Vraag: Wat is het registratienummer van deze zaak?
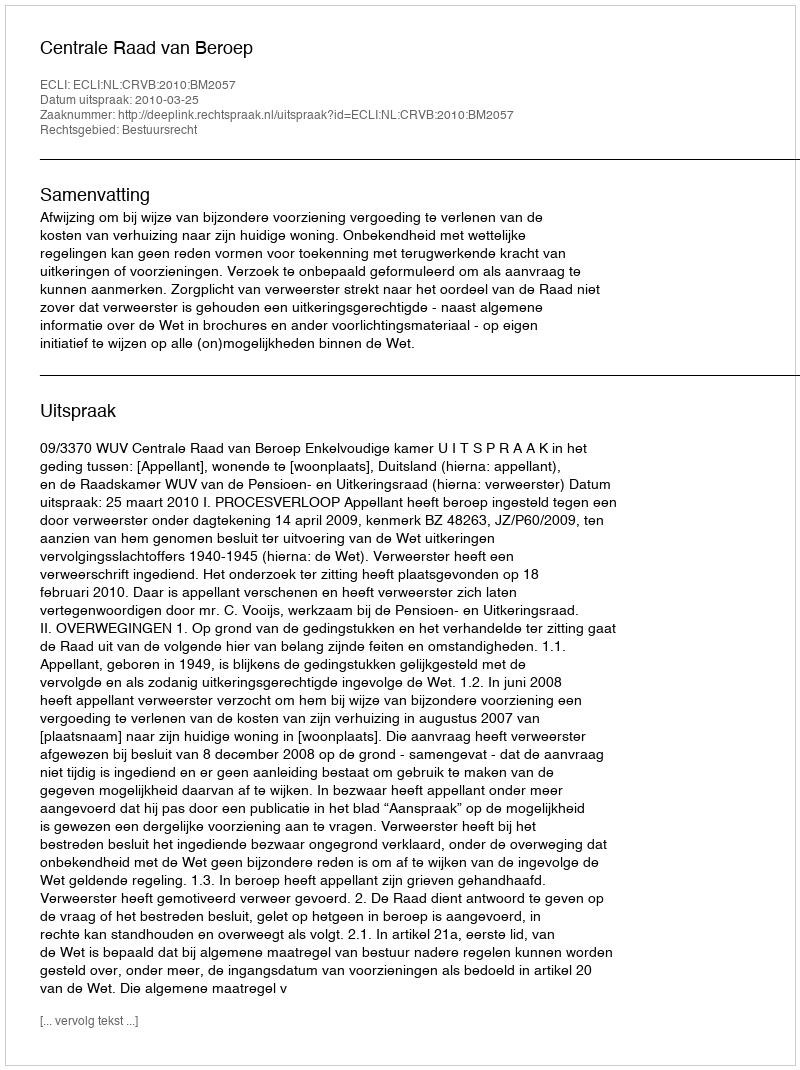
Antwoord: http://deeplink.rechtspraak.nl/uitspraak?id=ECLI:NL:CRVB:2010:BM2057